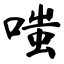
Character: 嗤